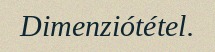
Dimenziótétel.